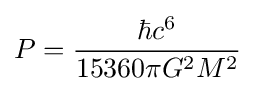
P={\frac {\hbar c^{6}}{15360\pi G^{2}M^{2}}}